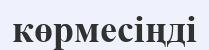
көрмесіңді